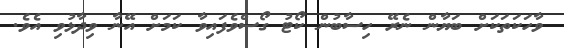
ވާހަކަތަކަށް ބަޔާން ނެރޭ ހިސާބުން ކޯޓު ގޯސްވެފައިވާ ކަމަށް އޭނާ ވިދާޅުވި އެވެ.